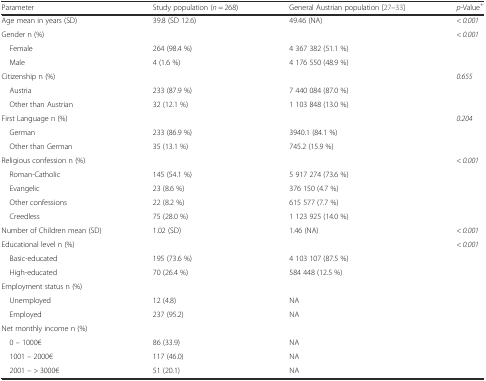
<table><thead><tr><td><b>Parameter</b></td><td><b>Study population (<i>n</i> = 268)</b></td><td><b>General Austrian population [27–33]</b></td><td><b><i>p</i>-Value<sup>+</sup></b></td></tr></thead><tbody><tr><td>Age mean in years (SD)</td><td>39.8 (SD 12.6)</td><td>49.46 (NA)</td><td>&lt; <i>0.001</i></td></tr><tr><td>Gender n (%)</td><td></td><td></td><td>&lt; <i>0.001</i></td></tr><tr><td> Female</td><td>264 (98.4 %)</td><td>4 367 382 (51.1 %)</td><td></td></tr><tr><td> Male</td><td>4 (1.6 %)</td><td>4 176 550 (48.9 %)</td><td></td></tr><tr><td>Citizenship n (%)</td><td></td><td></td><td><i>0.655</i></td></tr><tr><td> Austria</td><td>233 (87.9 %)</td><td>7 440 084 (87.0 %)</td><td></td></tr><tr><td> Other than Austrian</td><td>32 (12.1 %)</td><td>1 103 848 (13.0 %)</td><td></td></tr><tr><td>First Language n (%)</td><td></td><td></td><td><i>0.204</i></td></tr><tr><td> German</td><td>233 (86.9 %)</td><td>3940.1 (84.1 %)</td><td></td></tr><tr><td> Other than German</td><td>35 (13.1 %)</td><td>745.2 (15.9 %)</td><td></td></tr><tr><td>Religious confession n (%)</td><td></td><td></td><td>&lt; <i>0.001</i></td></tr><tr><td> Roman-Catholic</td><td>145 (54.1 %)</td><td>5 917 274 (73.6 %)</td><td></td></tr><tr><td> Evangelic</td><td>23 (8.6 %)</td><td>376 150 (4.7 %)</td><td></td></tr><tr><td> Other confessions</td><td>22 (8.2 %)</td><td>615 577 (7.7 %)</td><td></td></tr><tr><td> Creedless</td><td>75 (28.0 %)</td><td>1 123 925 (14.0 %)</td><td></td></tr><tr><td>Number of Children mean (SD)</td><td>1.02 (SD)</td><td>1.46 (NA)</td><td>&lt; <i>0.001</i></td></tr><tr><td>Educational level n (%)</td><td></td><td></td><td>&lt; <i>0.001</i></td></tr><tr><td> Basic-educated</td><td>195 (73.6 %)</td><td>4 103 107 (87.5 %)</td><td></td></tr><tr><td> High-educated</td><td>70 (26.4 %)</td><td>584 448 (12.5 %)</td><td></td></tr><tr><td>Employment status n (%)</td><td></td><td></td><td></td></tr><tr><td> Unemployed</td><td>12 (4.8)</td><td>NA</td><td></td></tr><tr><td> Employed</td><td>237 (95.2)</td><td>NA</td><td></td></tr><tr><td>Net monthly income n (%)</td><td></td><td></td><td></td></tr><tr><td> 0 – 1000€</td><td>86 (33.9)</td><td>NA</td><td></td></tr><tr><td> 1001 – 2000€</td><td>117 (46.0)</td><td>NA</td><td></td></tr><tr><td> 2001 – &gt; 3000€</td><td>51 (20.1)</td><td>NA</td><td></td></tr></tbody></table>